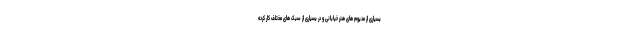
بسیاری از مدیوم های هنر خیابانی و در بسیاری از سبک های مختلف کار کرده